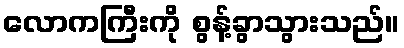
လောကကြီးကို စွန့်ခွာသွားသည်။